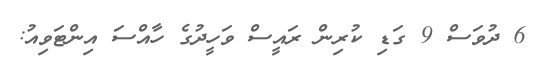
6 ދުވަސް 9 ގަޑި ކުރިން ރައީސް ވަހީދުގެ ހާއްސަ އިންޓަވިއު: